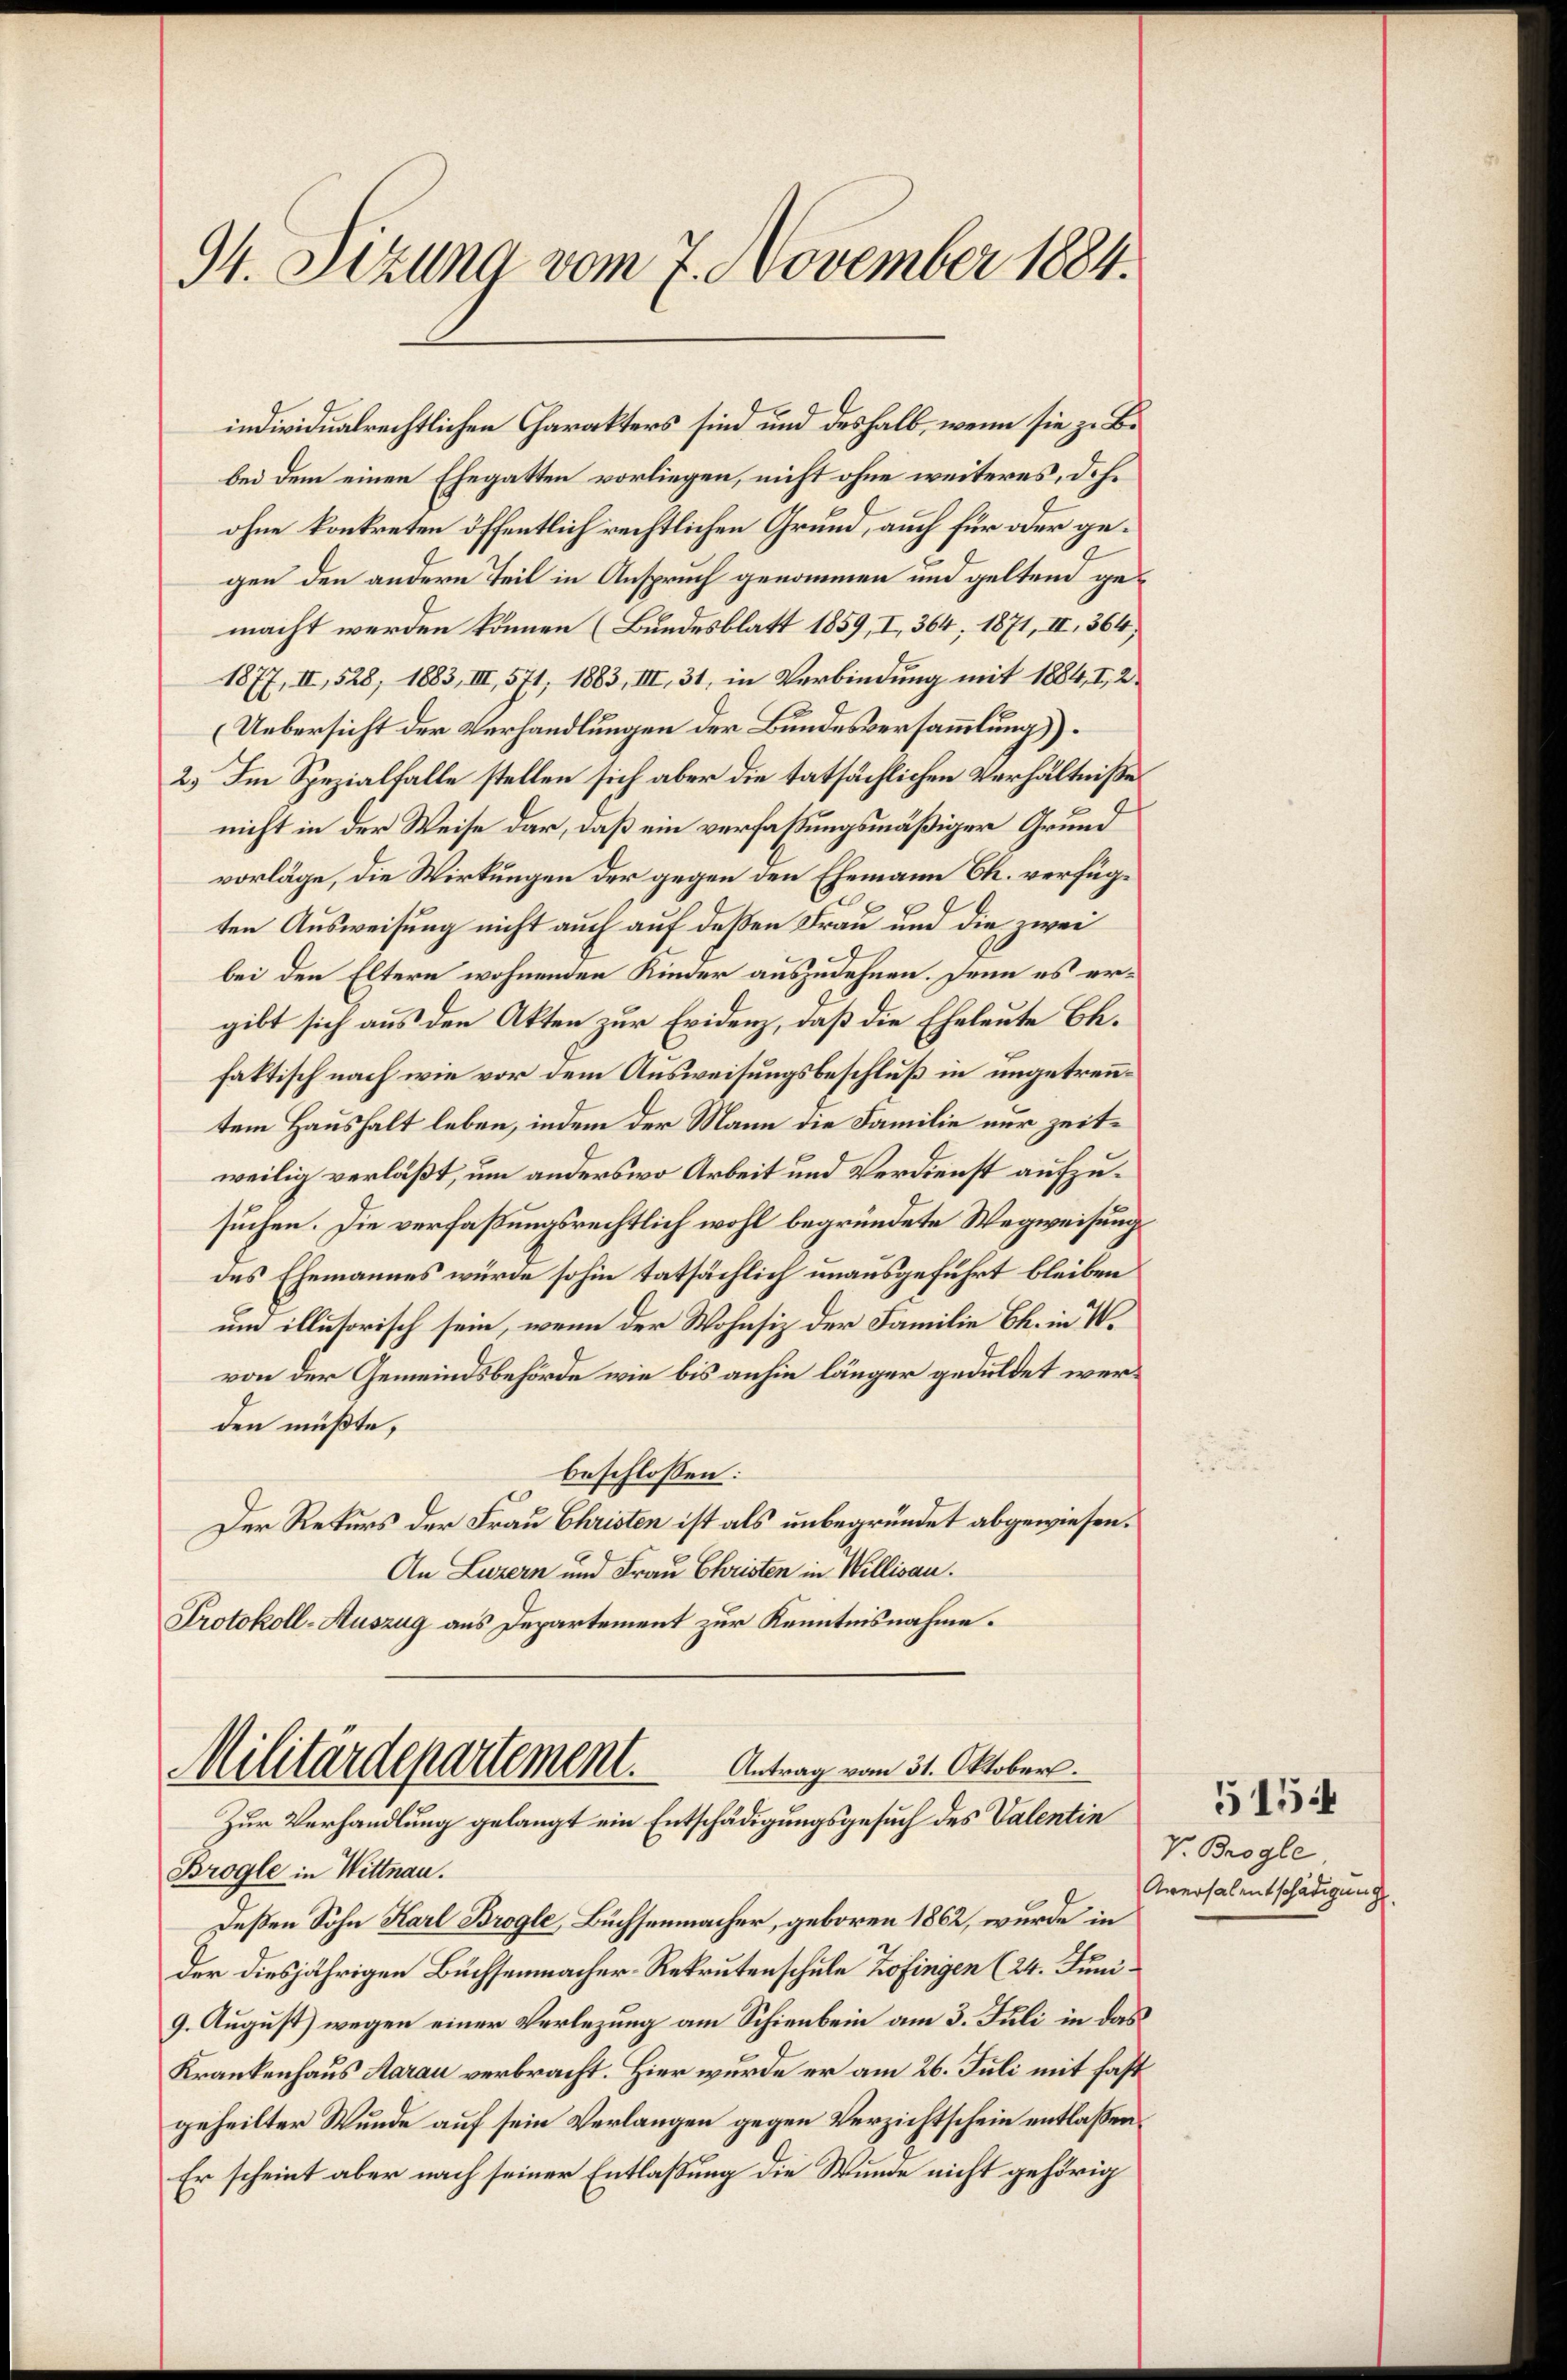
94. Sizung vom 7. November 1884.

bei dem einen Ehegatten vorliegen, nicht ohne weiteres, d.h.
ohne konkreten öffentlich rechtlichen Grund, auch für oder gegen den andern Teil in Anspruch genommen und geltend gemacht werden können (Bundesblatt 1859, I, 364, 1871, II, 364)
1877, II, 528, 1883, III, 571, 1883, III, 31, in Verbindung mit 1884, I, 2.
(Uebersicht der Verhandlungen der Bundesversammlung).
2.) Im Spezialfalle stellen sich aber die tatsächlichen Verhältniße
nicht in der Weise dar, daß ein verfaßungsmäßiger Grund
vorläge, die Wirkungen der gegen den Ehemann Ch. verfügten Ausweisung nicht auch auf deßen Frau und die zwei
bei den Eltern wohnenden Kinder auszudehnen. Denn es ergibt sich aus den Akten zur Evidenz, daß die Eheleute Ch.
faktisch nach wie vor dem Ausweisungsbeschluß in ungetrenntem Haushalt leben, indem der Mann die Familie nur zeitweilig verläßt, um anderswo Arbeit und Verdienst aufzusuchen. Die verfaßungsrechtlich wohl begründete Wegweisung
des Ehemannes würde sohin tatsächlich unausgeführt bleiben
um illusorisch sein, wenn der Wohnsiz der Familie Ch. in W.
von der Gemeindsbehörde wie bis anhin länger geduldet werden müßte,
beschlossen:
Der Rekurs der Frau Christen ist als unbegründet abgewiesen.
An Luzern und Frau Christen in Willisau.
Protokoll-Auszug aus Departement zur Kenntnisnahme.

individualrechtlichen Charakters sind und deshalb, wenn sie zu Be¬

Militärdepartement.
Antrag vom 31. Oktober.
Zur Verhandlung gelangt ein Entschädigungsgesuch des Valentin

Brogle in Wittnau.
Deßen Sohn Karl Brogle, Büchsenmacher, geboren 1862, wurde in
der diesjährigen Büchsenmacher-Rekrutenschule Zofingen (24. Juni.
9. August) wegen einer Verlegung am Schienbein am 3. Juli in das
Krankenhaus Aarau verbracht. Hier wurde er am 26. Juli mit fast
geheilter Wunde auf sein Verlangen gegen Verzichtschein entlassen.
Er scheint aber nach seiner Entlaßung die Wunde nicht gehörig

5154
V. Brogle
Aversalentschädigung